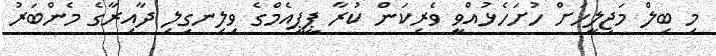
މި ބިލް މަޖިލީހަށް ހުށަހެޅުއްވީ ވެރިކަން ކުރާ ޕީޕީއެމްގެ ވިލިނގިލި ދާއިރާގެ މެންބަރު